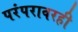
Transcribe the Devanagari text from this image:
परंपरावरही